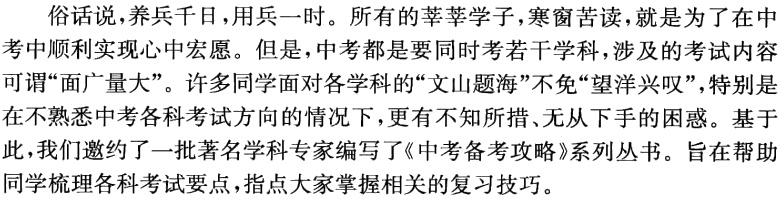
俗话说，养兵千日，用兵一时。所有的莘莘学子，寒窗苦读，就是为了在中考中顺利实现心中宏愿。但是，中考都是要同时考若干学科，涉及的考试内容可谓“面广量大”。许多同学面对各学科的“文山题海”不免“望洋兴叹”，特别是在不熟悉中考各科考试方向的情况下，更有不知所措、无从下手的困惑。基于此，我们邀约了一批著名学科专家编写了《中考备考攻略》系列丛书。旨在帮助同学梳理各科考试要点，指点大家掌握相关的复习技巧。